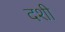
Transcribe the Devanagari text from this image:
दशी